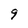
Character: 9